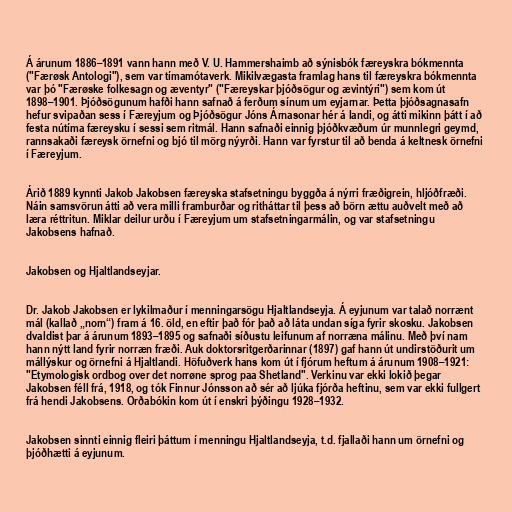
Á árunum 1886–1891 vann hann með V. U. Hammershaimb að sýnisbók færeyskra bókmennta
("Færøsk Antologi"), sem var tímamótaverk. Mikilvægasta framlag hans til færeyskra bókmennta
var þó "Færøske folkesagn og æventyr" ("Færeyskar þjóðsögur og ævintýri") sem kom út
1898–1901. Þjóðsögunum hafði hann safnað á ferðum sínum um eyjarnar. Þetta þjóðsagnasafn
hefur svipaðan sess í Færeyjum og Þjóðsögur Jóns Árnasonar hér á landi, og átti mikinn þátt í að
festa nútíma færeysku í sessi sem ritmál. Hann safnaði einnig þjóðkvæðum úr munnlegri geymd,
rannsakaði færeysk örnefni og bjó til mörg nýyrði. Hann var fyrstur til að benda á keltnesk örnefni
í Færeyjum.

Árið 1889 kynnti Jakob Jakobsen færeyska stafsetningu byggða á nýrri fræðigrein, hljóðfræði.
Náin samsvörun átti að vera milli framburðar og ritháttar til þess að börn ættu auðvelt með að
læra réttritun. Miklar deilur urðu í Færeyjum um stafsetningarmálin, og var stafsetningu
Jakobsens hafnað.

Jakobsen og Hjaltlandseyjar.

Dr. Jakob Jakobsen er lykilmaður í menningarsögu Hjaltlandseyja. Á eyjunum var talað norrænt
mál (kallað „norn“) fram á 16. öld, en eftir það fór það að láta undan síga fyrir skosku. Jakobsen
dvaldist þar á árunum 1893–1895 og safnaði síðustu leifunum af norræna málinu. Með því nam
hann nýtt land fyrir norræn fræði. Auk doktorsritgerðarinnar (1897) gaf hann út undirstöðurit um
mállýskur og örnefni á Hjaltlandi. Höfuðverk hans kom út í fjórum heftum á árunum 1908–1921:
"Etymologisk ordbog over det norrøne sprog paa Shetland". Verkinu var ekki lokið þegar
Jakobsen féll frá, 1918, og tók Finnur Jónsson að sér að ljúka fjórða heftinu, sem var ekki fullgert
frá hendi Jakobsens. Orðabókin kom út í enskri þýðingu 1928–1932.

Jakobsen sinnti einnig fleiri þáttum í menningu Hjaltlandseyja, t.d. fjallaði hann um örnefni og
þjóðhætti á eyjunum.